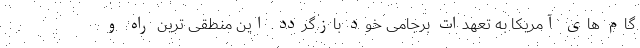
گام های آمریکا به تعهدات برجامی خود بازگردد. این منطقی ترین راه و